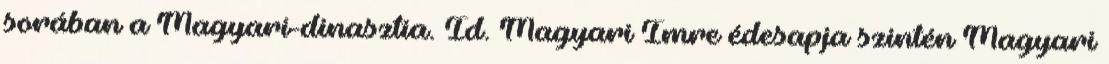
sorában a Magyari-dinasztia. Id. Magyari Imre édesapja szintén Magyari